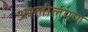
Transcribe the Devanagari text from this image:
अश्लीलपण